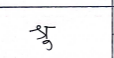
मजकूर: श्रु